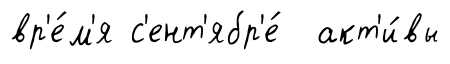
вр'е́м'я с'ент'ябр'е́ акт'и́вы